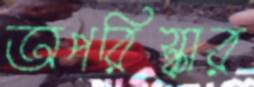
অপরিস্কার